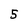
Character: 5